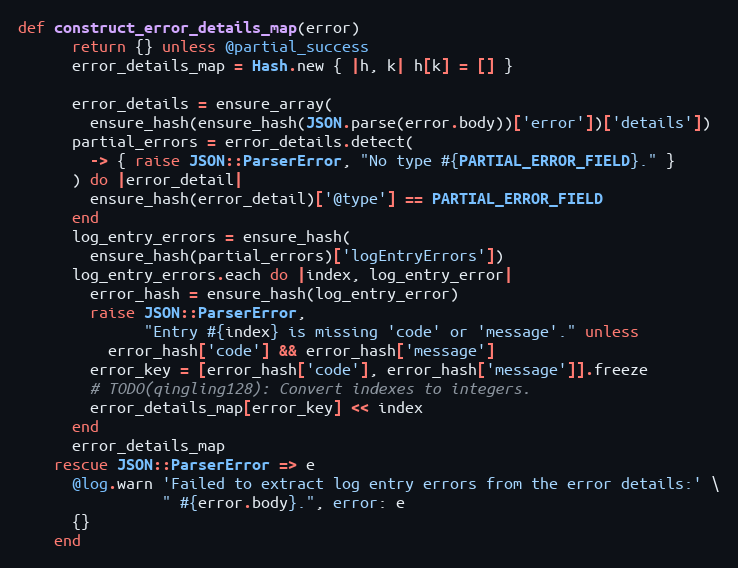
Language: Ruby
def construct_error_details_map(error)
      return {} unless @partial_success
      error_details_map = Hash.new { |h, k| h[k] = [] }

      error_details = ensure_array(
        ensure_hash(ensure_hash(JSON.parse(error.body))['error'])['details'])
      partial_errors = error_details.detect(
        -> { raise JSON::ParserError, "No type #{PARTIAL_ERROR_FIELD}." }
      ) do |error_detail|
        ensure_hash(error_detail)['@type'] == PARTIAL_ERROR_FIELD
      end
      log_entry_errors = ensure_hash(
        ensure_hash(partial_errors)['logEntryErrors'])
      log_entry_errors.each do |index, log_entry_error|
        error_hash = ensure_hash(log_entry_error)
        raise JSON::ParserError,
              "Entry #{index} is missing 'code' or 'message'." unless
          error_hash['code'] && error_hash['message']
        error_key = [error_hash['code'], error_hash['message']].freeze
        # TODO(qingling128): Convert indexes to integers.
        error_details_map[error_key] << index
      end
      error_details_map
    rescue JSON::ParserError => e
      @log.warn 'Failed to extract log entry errors from the error details:' \
                " #{error.body}.", error: e
      {}
    end